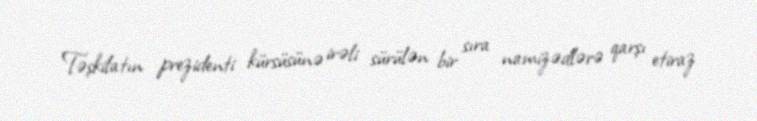
Təşkilatın prezidenti kürsüsünə irəli sürülən bir sıra namizədlərə qarşı etiraz